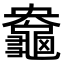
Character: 𪚻